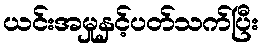
ယင်းအမှုနှင့်ပတ်သက်ပြီး